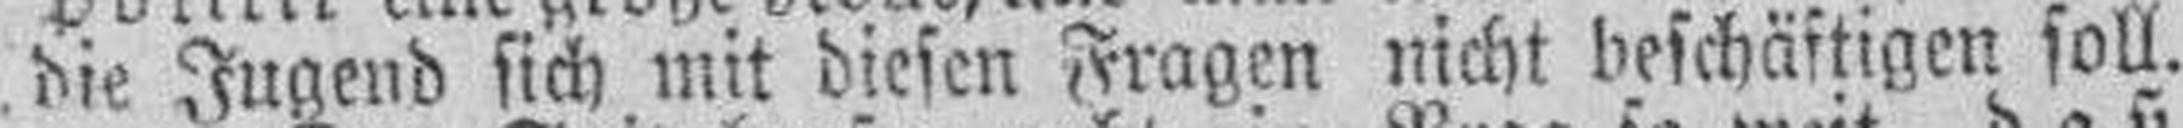
die Jugend sich mit diesen Fragen nicht beschäftigen soll.